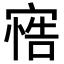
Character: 𭔋